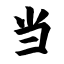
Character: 当